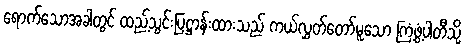
ရောက်သောအခါတွင် ထည့်သွင်းပြဋ္ဌာန်းထားသည် ကယ်လွှတ်တော်မူသော ကြံ့ဖွံ့ပါတီသို့